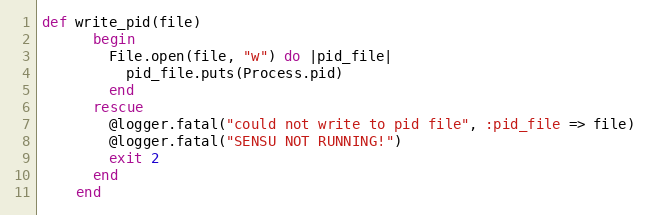
Language: Ruby
def write_pid(file)
      begin
        File.open(file, "w") do |pid_file|
          pid_file.puts(Process.pid)
        end
      rescue
        @logger.fatal("could not write to pid file", :pid_file => file)
        @logger.fatal("SENSU NOT RUNNING!")
        exit 2
      end
    end